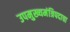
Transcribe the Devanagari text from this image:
उपमुख्यमंत्रिपदाचा